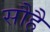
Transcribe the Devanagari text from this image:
सौहै